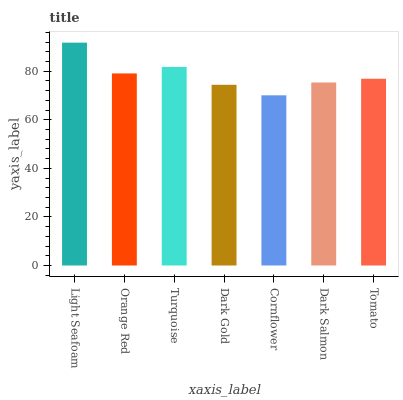
| xaxis_label | bars |
 | --- | --- |
 | Light Seafoam | 91.8 |
 | Orange Red | 79.1 |
 | Turquoise | 81.8 |
 | Dark Gold | 74.4 |
 | Cornflower | 70.1 |
 | Dark Salmon | 75.4 |
 | Tomato | 76.9 |